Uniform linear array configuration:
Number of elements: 4
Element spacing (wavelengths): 1
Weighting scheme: exponential
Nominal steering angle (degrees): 60
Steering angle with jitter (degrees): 60.614
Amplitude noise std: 0.05
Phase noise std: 0.05

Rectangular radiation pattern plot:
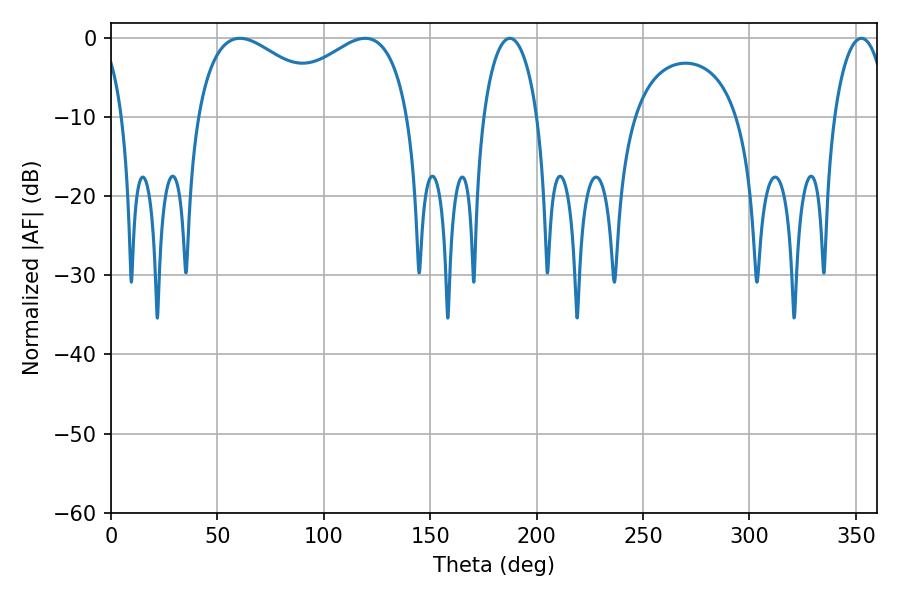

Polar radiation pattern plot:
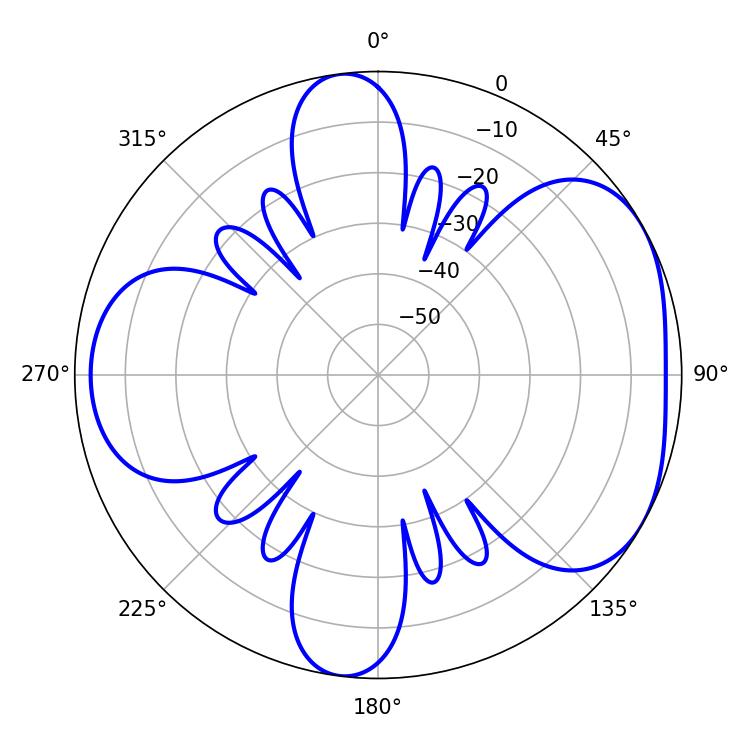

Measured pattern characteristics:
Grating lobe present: TRUE
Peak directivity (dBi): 4.687
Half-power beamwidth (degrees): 14.58
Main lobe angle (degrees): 187.38